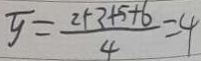
\overline { y } = \frac { 2 + 3 + 5 + 6 } { 4 } = 4